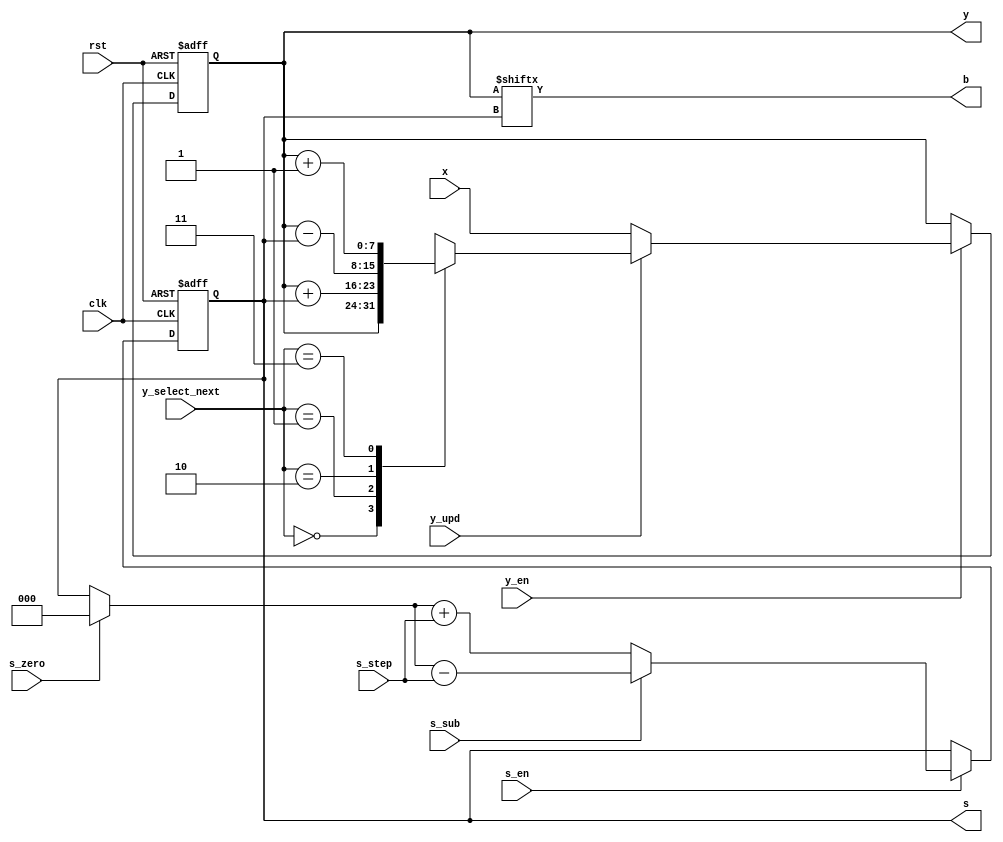
module datapath(
  x, y, s, b,
  s_en, s_step, s_sub, s_zero,
  y_en, y_select_next, y_upd,
  clk, rst
);
  input [7:0] x;
  output reg [7:0] y;
  output reg [2:0] s;
  output b;
  
  input s_en, s_sub, s_zero, y_en, y_upd;
  input [1:0] s_step, y_select_next;
  
  input clk, rst;
  
  wire [2:0] s_next;
  
  assign s_next =
    s_sub
    ? (s_zero ? 0 : s) - s_step
    : (s_zero ? 0 : s) + s_step;
  
  always @(posedge clk, posedge rst)
    if(rst) s <= 0;
    else
      if(s_en) s <= s_next;
  
  reg [7:0] y_next;
  
  always @*
    if(y_upd)
      case(y_select_next)
      0: y_next = y;
      1: y_next = y + s;
      2: y_next = y - s;
      3: y_next = y + 1;
      default: y_next = 1'sbx;
      endcase
    else
      y_next = x;
  
  always @(posedge clk, posedge rst)
    if(rst) y <= 0;
    else
      if(y_en) y <= y_next;
  
  assign b = y[s];
endmodule